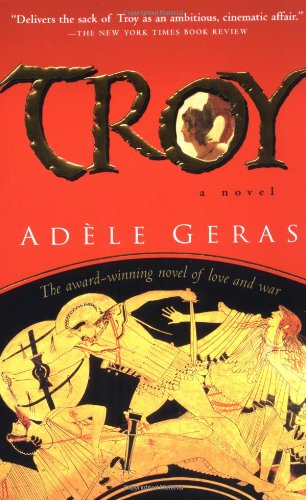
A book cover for Troy; AdÃ¨le Geras; Teen & Young Adult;